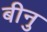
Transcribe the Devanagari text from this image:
बीनु